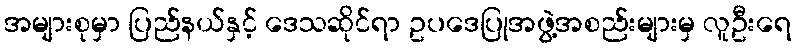
အများစုမှာ ပြည်နယ်နှင့် ဒေသဆိုင်ရာ ဥပဒေပြုအဖွဲ့အစည်းများမှ လူဦးရေ